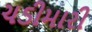
ચડીમારી